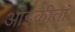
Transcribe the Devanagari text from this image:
आइकीतां